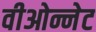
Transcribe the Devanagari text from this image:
वीओन्नेट